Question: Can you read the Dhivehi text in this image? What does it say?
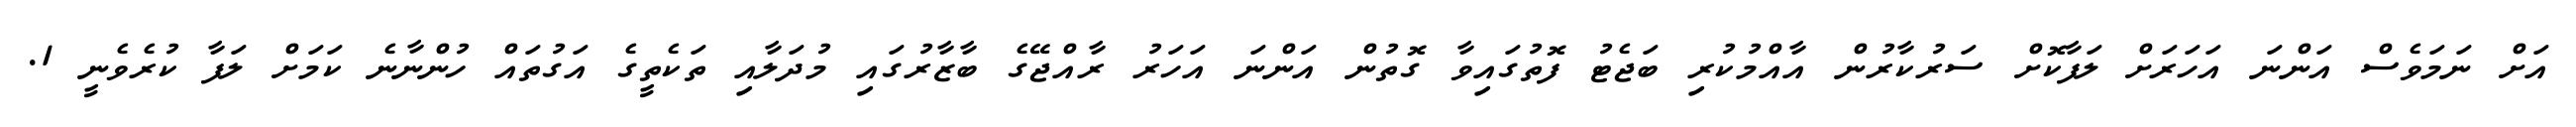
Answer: އަށް ނަމަވެސް އަންނަ އަހަރަށް ލަފާކޮށް ސަރުކާރުން އާއްމުކުރި ބަޖެޓު ފޮތުގައިވާ ގޮތުން އަންނަ އަހަރު ރާއްޖޭގެ ބާޒާރުގައި މުދަލާއި ތަކެތީގެ އަގުތައް ހުންނާނެ ކަމަށް ލަފާ ކުރެވެނީ 1.